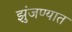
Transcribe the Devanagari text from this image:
झुंजण्यात